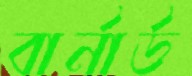
বার্নার্ড